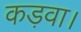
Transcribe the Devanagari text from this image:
कड़वा।